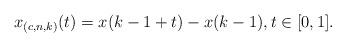
LaTeX: \begin{align*}x_{(c,n,k)}(t) = x(k-1+t) - x(k-1), t \in [0,1].\end{align*}